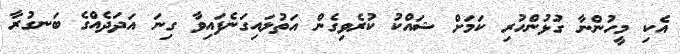
އެކި މީހުންނާ ގުޅުންހުރި ކަމަށް ޝައްކު ކުރެވިގެން އަތުލައިގަނެފައިވާ ގިނަ އަދަދެއްގެ ބަނގުރާ